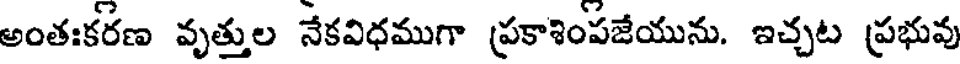
అంతఃకరణ వృత్తుల నేకవిధముగా ప్రకాశింపజేయును. ఇచ్చట ప్రభువు